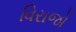
વિરાજો